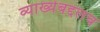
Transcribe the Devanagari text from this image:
व्याख्येबद्दलच